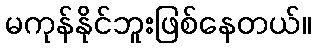
မကုန်နိုင်ဘူးဖြစ်နေတယ်။